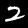
Label: 2